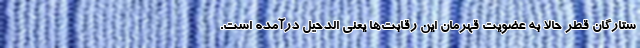
ستارگان قطر حالا به عضویت قهرمان این رقابت‌ها یعنی الدحیل درآمده است.